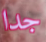
جدا